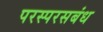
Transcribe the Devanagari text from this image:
परस्परसबंध